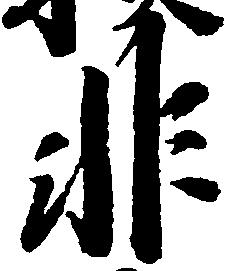
非